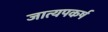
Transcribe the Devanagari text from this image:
जात्यपकर्ष